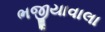
ભજીયાવાલા